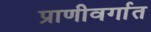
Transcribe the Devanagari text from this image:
प्राणीवर्गात